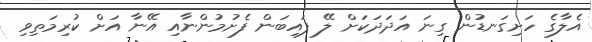
އެލާގެ ހަށިގަނޑުން ގިނަ އަދަދަކަށް ލޭ ފައިބަން ފެށުމުންނާއި އޭނާ އަށް ކުރިމަތިވި